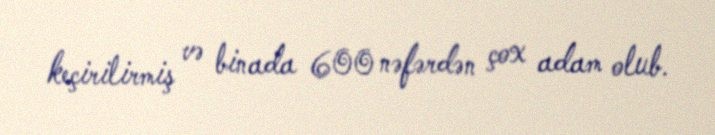
keçirilirmiş və binada 600 nəfərdən çox adam olub.